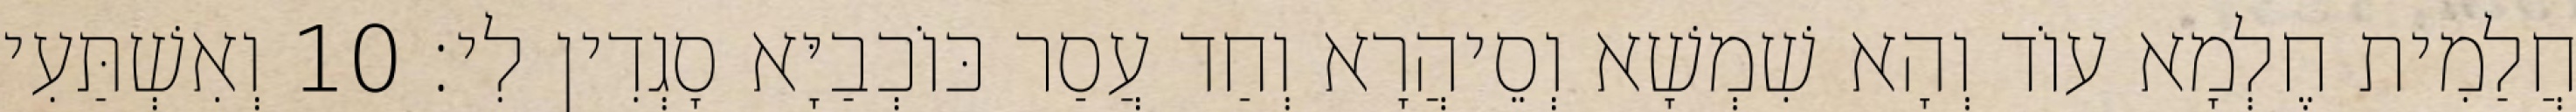
חֲלַמִית חֶלְמָא עוֹד וְהָא שִׁמְשָׁא וְסֵיהֲרָא וְחַד עֲסַר כּוֹכְבַיָּא סָגְדִין לִי׃ 10 וְאִשְׁתַּעִי